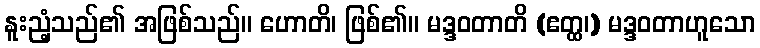
နူးညံ့သည်၏ အဖြစ်သည်။ ဟောတိ၊ ဖြစ်၏။ မဒ္ဒဝတာတိ (ဧတ္ထ၊) မဒ္ဒဝတာဟူသော